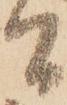
間